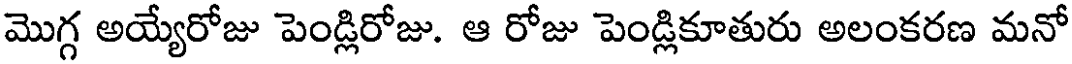
మొగ్గ అయ్యేరోజు పెండ్లిరోజు. ఆ రోజు పెండ్లికూతురు అలంకరణ మనో